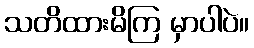
သတိထားမိကြ မှာပါပဲ။